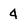
Character: 4